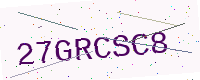
Text: 27GRCSC8